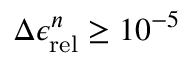
\Delta \epsilon _ { \mathrm { r e l } } ^ { n } \ge 1 0 ^ { - 5 }